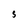
Character: S